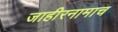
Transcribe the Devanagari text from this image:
जाहीरनामाच